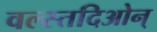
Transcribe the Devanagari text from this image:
वल्स्तदिओन्